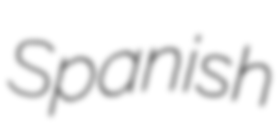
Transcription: Spanish